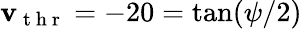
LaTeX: \mathbf{v}_{\mathrm{{~t~h~r~}}}=-20=\tan(\psi/2)